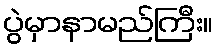
ပွဲမှာနာမည်ကြီး။